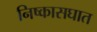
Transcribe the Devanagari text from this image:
निष्कासघात